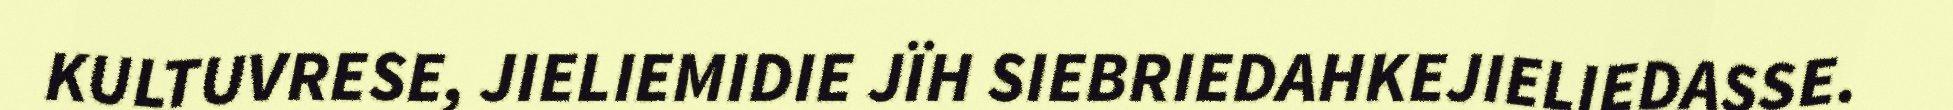
KULTUVRESE, JIELIEMIDIE JÏH SIEBRIEDAHKEJIELIEDASSE.